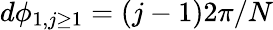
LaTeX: d\phi_{1,j\geq 1}=(j-1)2\pi/N